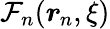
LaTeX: \mathcal{F}_{n}(\boldsymbol{r}_{\! \; \! n},\xi)